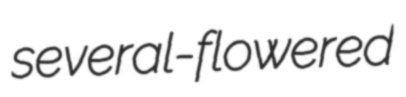
several-flowered